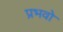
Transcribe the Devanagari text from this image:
प्रभवो